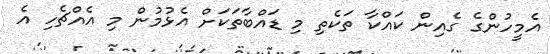
އެމީހުންގެ ގެއިން ކައްކާ ތަކެތި މި ޑައްބާތަކަށް އެޅުމުން މި އެއްޗެހި އެ